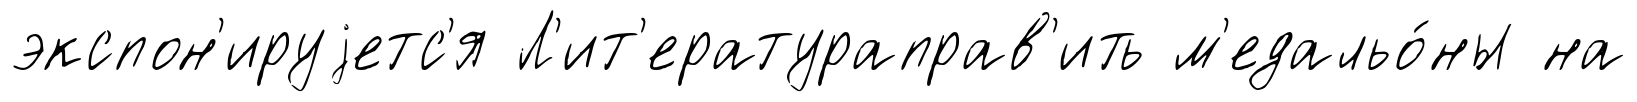
экспон'ируjетс'я Л'ит'ератураправ'ить м'едальо́ны на